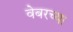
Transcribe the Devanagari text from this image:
वेबरच्या